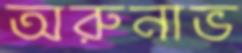
অরুনাভ